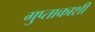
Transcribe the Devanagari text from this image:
गुप्‍ताकाशी